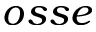
o s s e